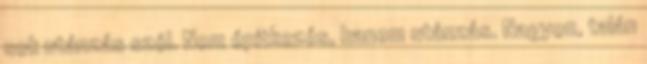
sok utánzás szól. Nem építkezés, hanem utánzás. Nagyon, talán